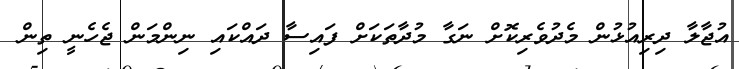
އުޖާލާ ދިރިއުޅުން މެދުވެރިކޮށް ނަގާ މުދާތަކަށް ފައިސާ ދައްކައި ނިންމަން ޖެހެނީ ތިން